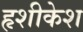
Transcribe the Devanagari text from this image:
हृशीकेश